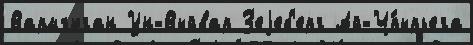
Вармъюган Ун-Выйвар З'еjеб'ерг Ай-Ч́пырьега